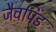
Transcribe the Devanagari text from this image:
जैवपिंड